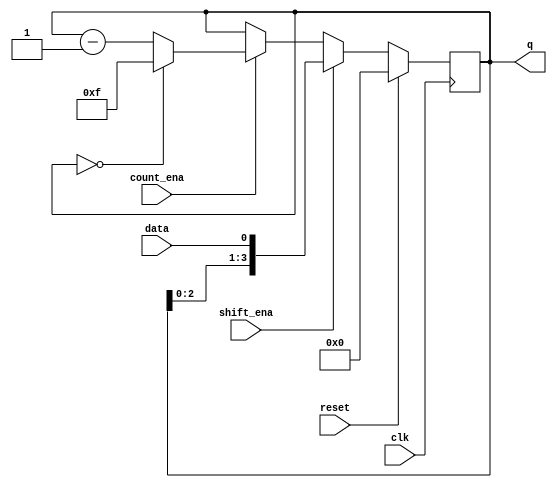
module top_module (
    input clk,
    input reset,
    input shift_ena,
    input count_ena,
    input data,
    output reg [3:0] q);
    
    always@(posedge clk) begin
        if(reset)begin
            q=0;
        end
        else begin
        if(shift_ena)
            q <= {q[2:0],data};
        else if(count_ena) begin
            if(q == 4'd0)
                q <= 4'd15;
           else 
                q <= q -1'b1;
           end
        end
    end

endmodule